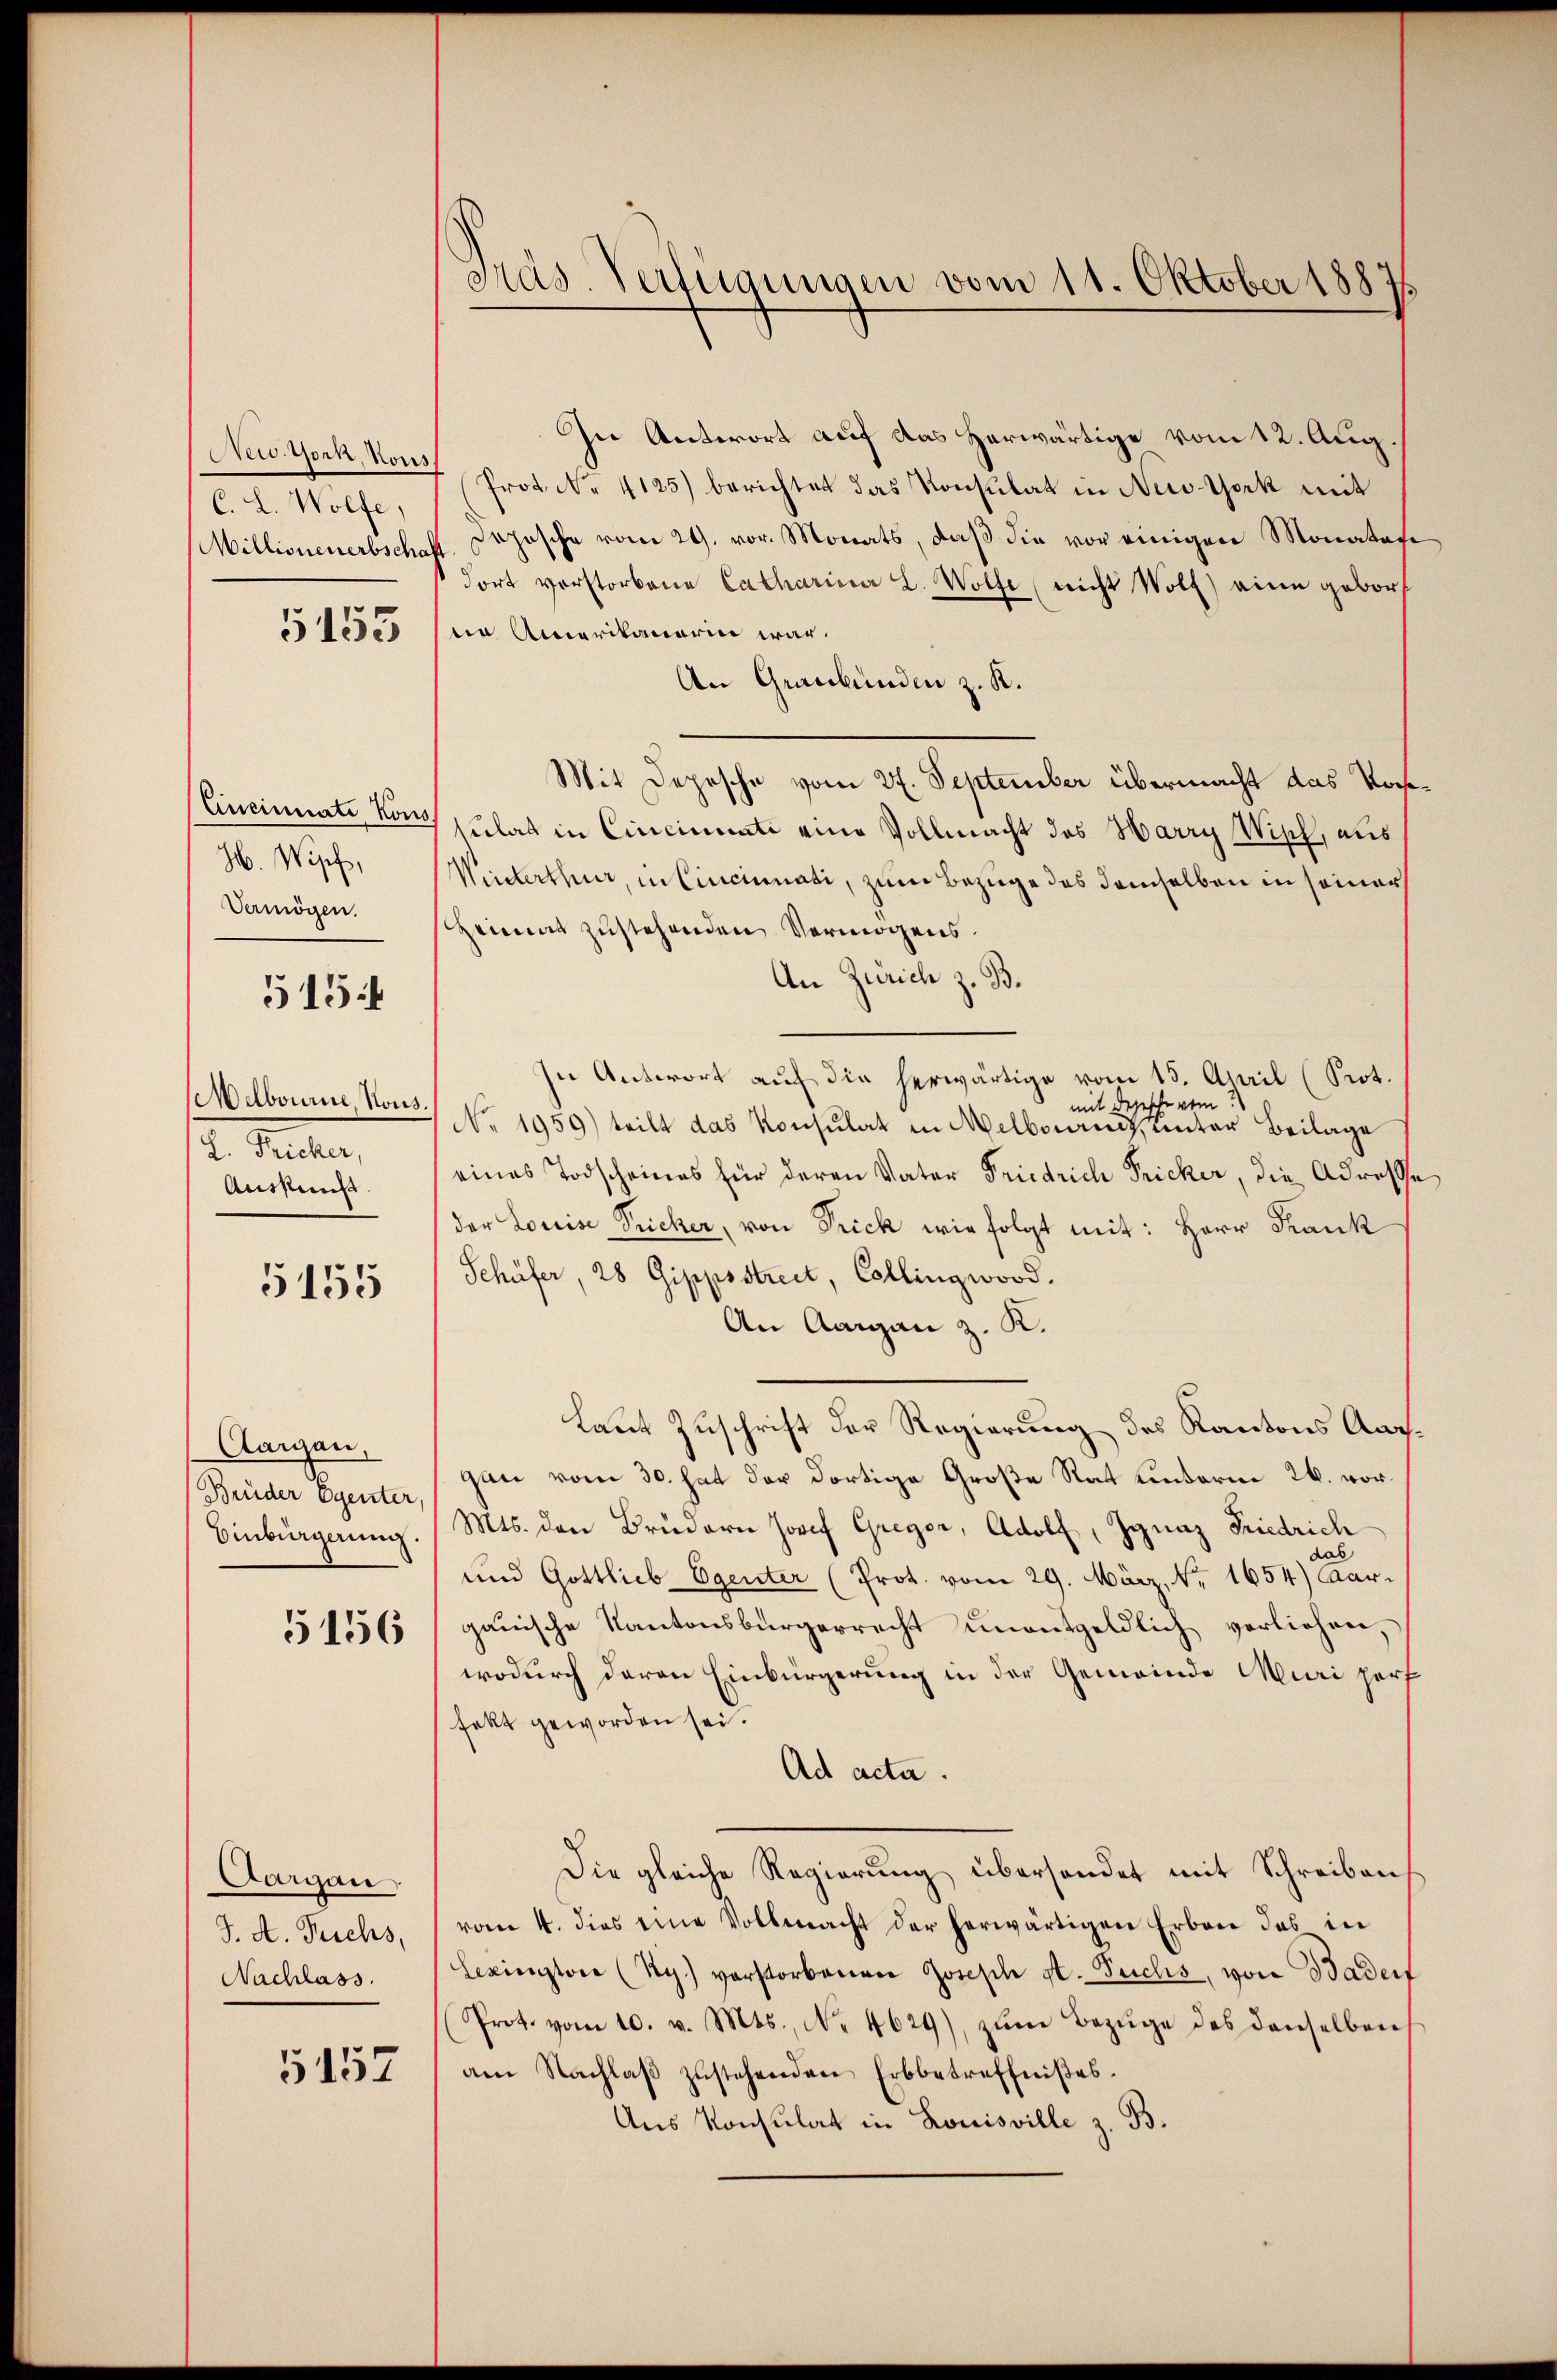
New York, Kons
C. L. Wolfe,
Millionenerbschaf

5453

Eineinnate Kons
H. Wipf,
Vermögen.

5154

Melbourne Kons.
L. Fricker,
Ausses.

5155

Aargau,
Brüder Egenter,
Einbürgerung.

5156

Aargau
J. A. Fuchs,
Nachlass.

5157

Präs. Verfügungen vom 11. Oktober 1887

In Antwort auf das herwärtige vom 12. Aug.
 (Prot. N. 4125) berichtet das Konsulat in New-York mit
Dojesche vom 29. vor. Monats, daß die vor einigen Monatai
dort vorstorbene Catharina L. Wolfe (nicht Wolf) eine geborn Amerikanerin war.
An Graubünden z. K.
Mit Depesche vom 27. September übermacht das Vorst
sulat in Cincinati eine Vollmacht des Harry Wipf, aus
Winterthur, in Cincinati, zum Bezuge des demselben in seiner
Heimat zustehenden Vermögens¬
An Zürich z. B.
In Antwort auf die herwärtige vom 15. April (Prot.
mit depesche vom
No. 1959) teilt das Konsulat in Melborenz, unter Beilage
eines Todscheines für deren Vater Friedrich Fricker, die Adresse
der Louise Sicher, von Frick wie folgt mit: Herr Frank
Schüfer, 28 Gippostrect, Collingwood.
An Aargau z. K.
Laut Zuschrift der Regierung des Kantons Aargan vom 30. hat der dortige Große Rat Kinderm 26. vor.
Mts. den Brüdern Josef Gregor, Adolf, Ignaz Friedrich
dab
und Gottlieb Egenter (Prot. vom 29. März, Nr. 1654) Aargauische Kantonsbürgerrecht unentgeldlich vorliehen,
wodurch deren Einbürgerung in der Gemeinde Muri herf
fekt geworden sei.
Ad acta.
Die gleiche Regierung übersandet mit Schreiben
vom 4. dies eine Vollmacht der herwärtigen Erben das in
Sexienstone (Hy.) vorstorbenen Joseph St. Fuchs, von Badenf
Prot. vom 10. v. Mts., No. 4629), zŭm Bezüge des denselben
am Nachlaβ zŭstehenden Erbbetreffnißes.
Aus Konsulat in Louisville z. B.